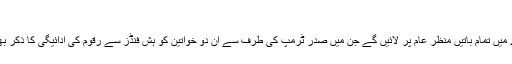
‘‘
شہادت کے پہلے روز پیر کے دن کوہن نے کہا تھا کہ وہ صدر ٹرمپ کے بارے میں تمام باتیں منظر عام پر لائیں گے جن میں صدر ٹرمپ کی طرف سے اُن دو خواتین کو ہش فنڈز سے رقوم کی ادائیگی کا ذکر بھی ہو گا جن کا دعویٰ ہے کہ صدر ٹرمپ نے اُن کے ساتھ جنسی زیادتی کی تھی۔